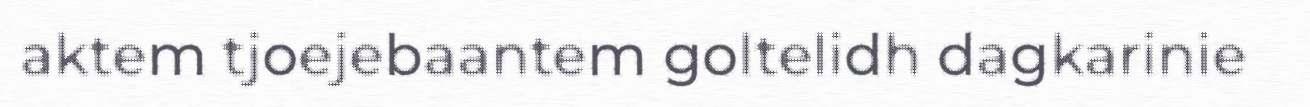
aktem tjoejebaantem goltelidh dagkarinie